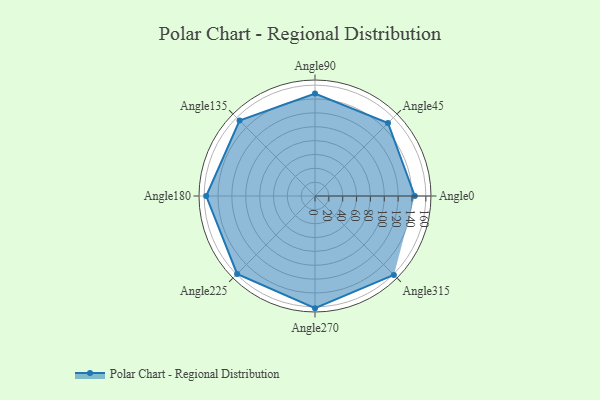
{"axis": {"x": "Angle", "y": "Radius"}, "legend": [""], "data": [{"x": "Angle0", "y": 144.0, "type": ""}, {"x": "Angle45", "y": 149.0, "type": ""}, {"x": "Angle90", "y": 148.0, "type": ""}, {"x": "Angle135", "y": 154.0, "type": ""}, {"x": "Angle180", "y": 157.0, "type": ""}, {"x": "Angle225", "y": 159.0, "type": ""}, {"x": "Angle270", "y": 162.0, "type": ""}, {"x": "Angle315", "y": 161.0, "type": ""}]}